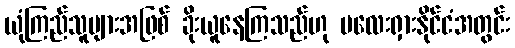
ယုံကြည်သူများအဖြစ် ခိုးယူနေကြသည်ဟု မလေးရှားနိုင်ငံအတွင်း